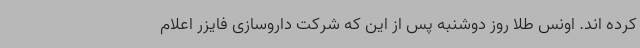
کرده اند. اونس طلا روز دوشنبه پس از این که شرکت داروسازی فایزر اعلام